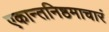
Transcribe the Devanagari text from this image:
एकान्तनिष्ठमाचारं